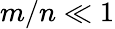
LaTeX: m/n\ll 1